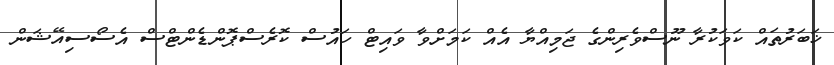
ޚަބަރުތައް ކަވަކުރާ ނޫސްވެރިންގެ ޖަމިއްޔާ އެއް ކަމަށްވާ ވައިޓް ހައުސް ކޮރެސްޕޮންޑެންޓްސް އެސޯސިއޭޝަން